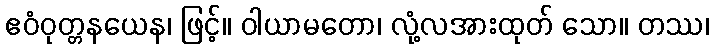
ဧဝံဝုတ္တနယေန၊ ဖြင့်။ ဝါယာမတော၊ လုံ့လအားထုတ် သော။ တဿ၊